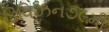
ડિવિઝન૭૯મી